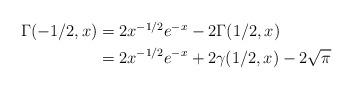
LaTeX: \begin{align*}\begin{aligned}\Gamma(-1/2,x)&=2x^{-1/2}e^{-x}-2\Gamma(1/2,x)\\&=2x^{-1/2}e^{-x}+2\gamma(1/2,x)-2\sqrt\pi\end{aligned}\end{align*}